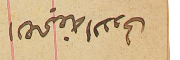
الصحيفه الاولى